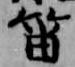
笛